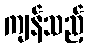
ကျန်သည့်